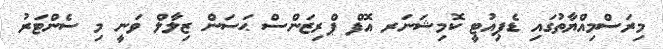
މިރަސްމިއްޔާތުގައި ޑެޕިއުޓީ ކޮމިޝަނަރ އޮފް ޕްރިޒަންސް ޙަސަން ޒިލާލް ވަނީ މި ސެންޓަރު